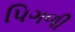
પિગળી